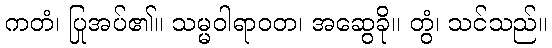
ကတံ၊ ပြုအပ်၏။ သမ္မဝါရာဝတ၊ အဆွေခို။ တွံ၊ သင်သည်။